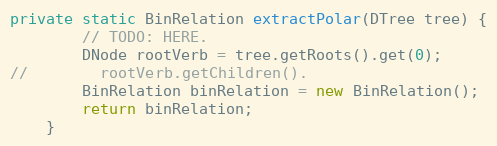
Language: Java
private static BinRelation extractPolar(DTree tree) {
        // TODO: HERE.
        DNode rootVerb = tree.getRoots().get(0);
//        rootVerb.getChildren().
        BinRelation binRelation = new BinRelation();
        return binRelation;
    }